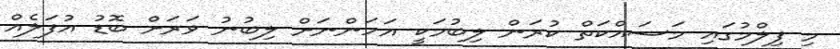
މި ފިލްމުގައި މަސައްކަތް ކުރަން ލިބުމަކީ އަހަންނަށް ލިބުނު ވަރަށް ބޮޑު އުފަލެއް